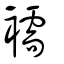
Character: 襦